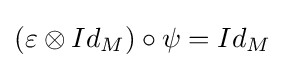
(\varepsilon \otimes Id_{M})\circ \psi =Id_{M}